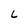
Character: L